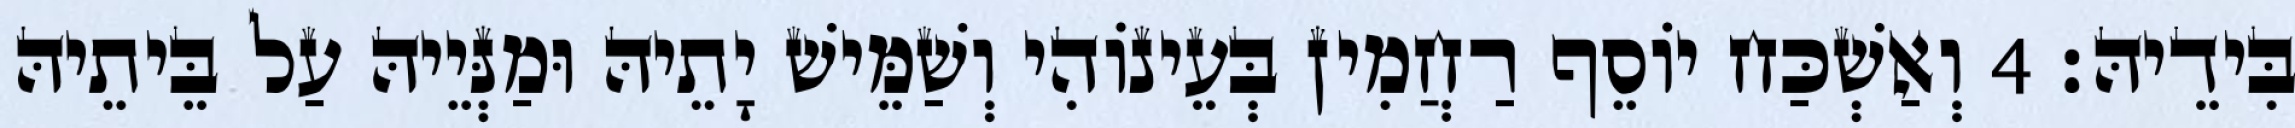
בִּידֵיהּ׃ 4 וְאַשְׁכַּח יוֹסֵף רַחֲמִין בְּעֵינוֹהִי וְשַׁמֵּישׁ יָתֵיהּ וּמַנְּיֵיהּ עַל בֵּיתֵיהּ